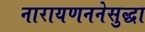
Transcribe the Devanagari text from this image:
नारायणननेसुद्धा